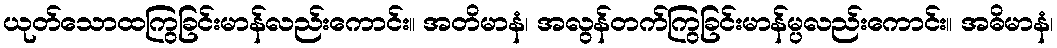
ယုတ်သောထကြွခြင်းမာန်လည်းကောင်း။ အတိမာနံ၊ အလွန်တက်ကြွခြင်းမာန်မ္ပလည်းကောင်း။ အဓိမာနံ၊